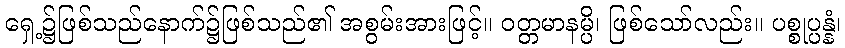
ရှေ့၌ဖြစ်သည်နောက်၌ဖြစ်သည်၏ အစွမ်းအားဖြင့်။ ဝတ္တမာနမ္ပိ၊ ဖြစ်သော်လည်း။ ပစ္စုပ္ပန္နံ၊